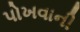
પોખવાની